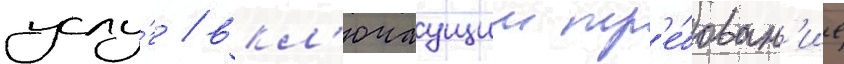
услу́г / вкл'ючаущии тр'е́бован'ие